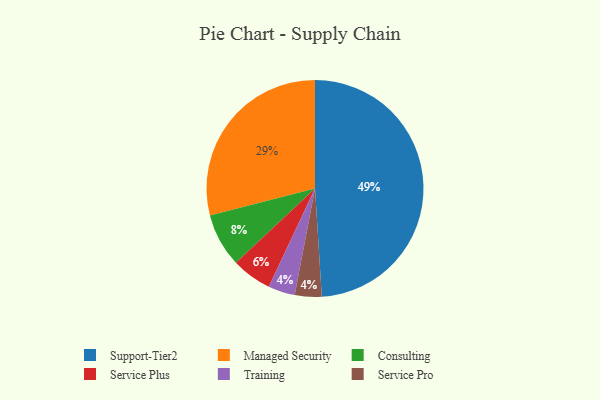
{"axis": {"x": "Category", "y": "Percentage"}, "legend": ["Consulting", "Managed Security", "Service Plus", "Service Pro", "Support-Tier2", "Training"], "data": [{"x": "Managed Security", "y": 29, "type": "Managed Security"}, {"x": "Consulting", "y": 8, "type": "Consulting"}, {"x": "Training", "y": 4, "type": "Training"}, {"x": "Service Pro", "y": 4, "type": "Service Pro"}, {"x": "Support-Tier2", "y": 49, "type": "Support-Tier2"}, {"x": "Service Plus", "y": 6, "type": "Service Plus"}]}